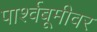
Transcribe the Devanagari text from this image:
पार्श्वबूमीवर